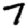
Digit: 7